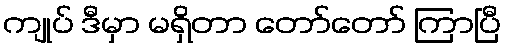
ကျုပ် ဒီမှာ မရှိတာ တော်တော် ကြာပြီ